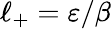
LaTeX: \ell_{+}=\varepsilon/\beta